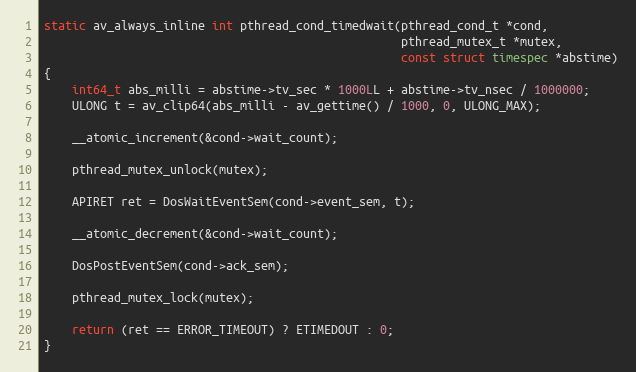
Language: C
static av_always_inline int pthread_cond_timedwait(pthread_cond_t *cond,
                                                   pthread_mutex_t *mutex,
                                                   const struct timespec *abstime)
{
    int64_t abs_milli = abstime->tv_sec * 1000LL + abstime->tv_nsec / 1000000;
    ULONG t = av_clip64(abs_milli - av_gettime() / 1000, 0, ULONG_MAX);

    __atomic_increment(&cond->wait_count);

    pthread_mutex_unlock(mutex);

    APIRET ret = DosWaitEventSem(cond->event_sem, t);

    __atomic_decrement(&cond->wait_count);

    DosPostEventSem(cond->ack_sem);

    pthread_mutex_lock(mutex);

    return (ret == ERROR_TIMEOUT) ? ETIMEDOUT : 0;
}